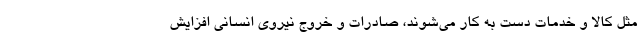
مثل کالا و خدمات دست به کار می‌شوند، صادرات و خروج نیروی انسانی افزایش